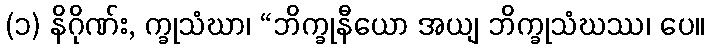
(၁) နိဂိုဏ်း, က္ခုသံဃာ၊ “ဘိက္ခုနီယော အယျ ဘိက္ခုသံဃဿ၊ ပေ။